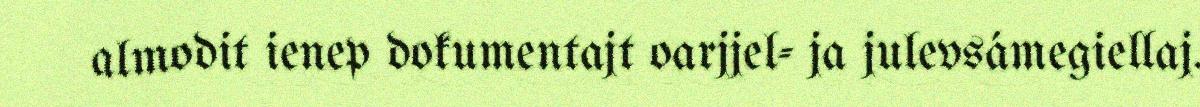
almodit ienep dokumentajt oarjjel- ja julevsámegiellaj.